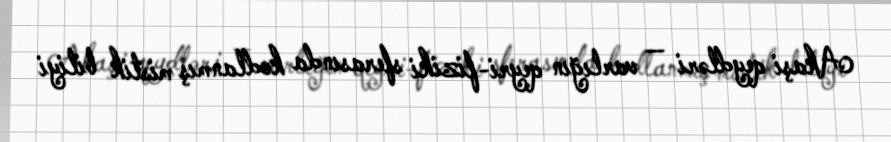
Akaşi qeydləri — varlığın qeyri-fiziki sferasında kodlanmış mistik biliyi